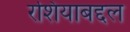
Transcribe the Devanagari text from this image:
रशियाबद्दल